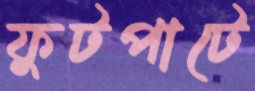
ফুটপাটে